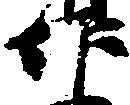
作